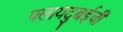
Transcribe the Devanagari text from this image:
फ्लायदुबईची